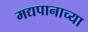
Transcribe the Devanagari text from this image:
मद्यपानाच्या